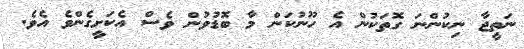
ނަތީޖާ ނިކުންނަ ގޮތަކުން އެ ހޫނުކަން މާ ބޮޑުވުން ވެސް އެކަށީގެންވެ އެވެ.